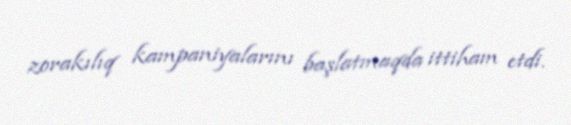
zorakılıq kampaniyalarını başlatmaqda ittiham etdi.